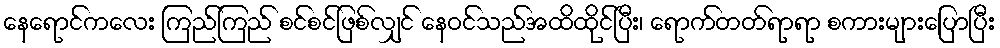
နေရောင်ကလေး ကြည်ကြည် စင်စင်ဖြစ်လျှင် နေဝင်သည်အထိထိုင်ပြီး၊ ရောက်တတ်ရာရာ စကားများပြောပြီး